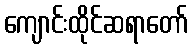
ကျောင်းထိုင်ဆရာတော်